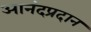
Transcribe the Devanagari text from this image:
आनंदप्रदान